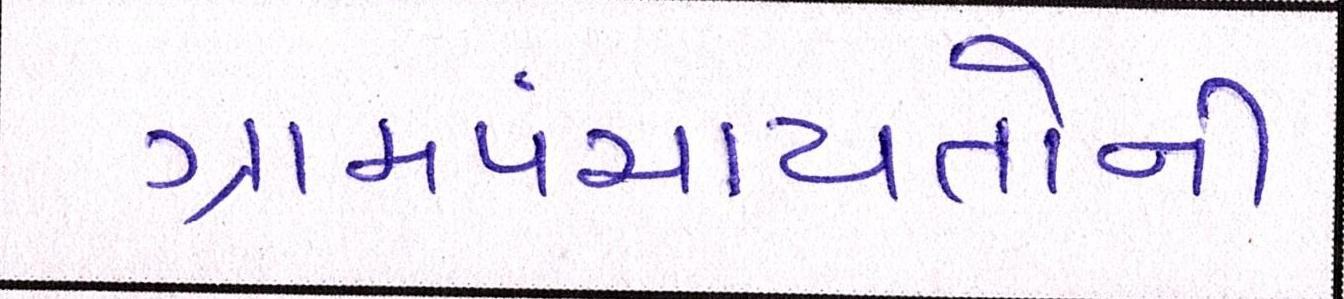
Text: ગ્રામપંચાયતોની